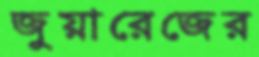
জুয়ারেজের